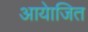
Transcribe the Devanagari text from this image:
आयेाजित